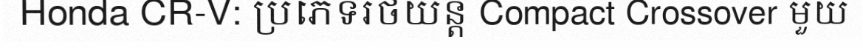
Honda CR-V: ប្រភេទរថយន្ត Compact Crossover មួយ